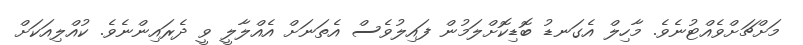
މަށްޗަށްވެއްޓުނެވެ. މާހިލް އެގަނޑު ބޮޑިކޮށްލަމުން ފައިލުވެސް އެތަނަށް އެއްލާލީ ވީ ދެރައިންނެވެ. ކުއްލިއަކަށް